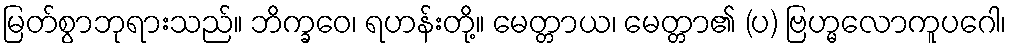
မြတ်စွာဘုရားသည်။ ဘိက္ခဝေ၊ ရဟန်းတို့။ မေတ္တာယ၊ မေတ္တာ၏ (ပ) ဗြဟ္မလောကူပဂေါ၊